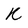
Character: k